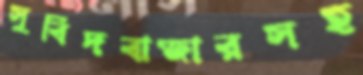
সুবিদবাজারসহ